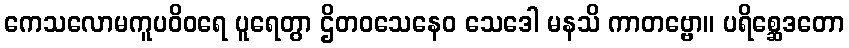
ကေသလောမကူပဝိဝရေ ပူရေတွာ ဌိတဝသေနေဝ သေဒေါ မနသိ ကာတဗ္ဗော။ ပရိစ္ဆေဒတော